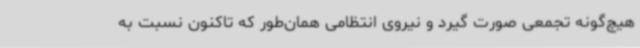
هیچ‌گونه تجمعی صورت گیرد و نیروی انتظامی همان‌طور که تاکنون نسبت به